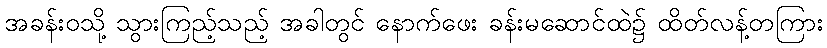
အခန်းဝသို့ သွားကြည့်သည့် အခါတွင် နောက်ဖေး ခန်းမဆောင်ထဲ၌ ထိတ်လန့်တကြား